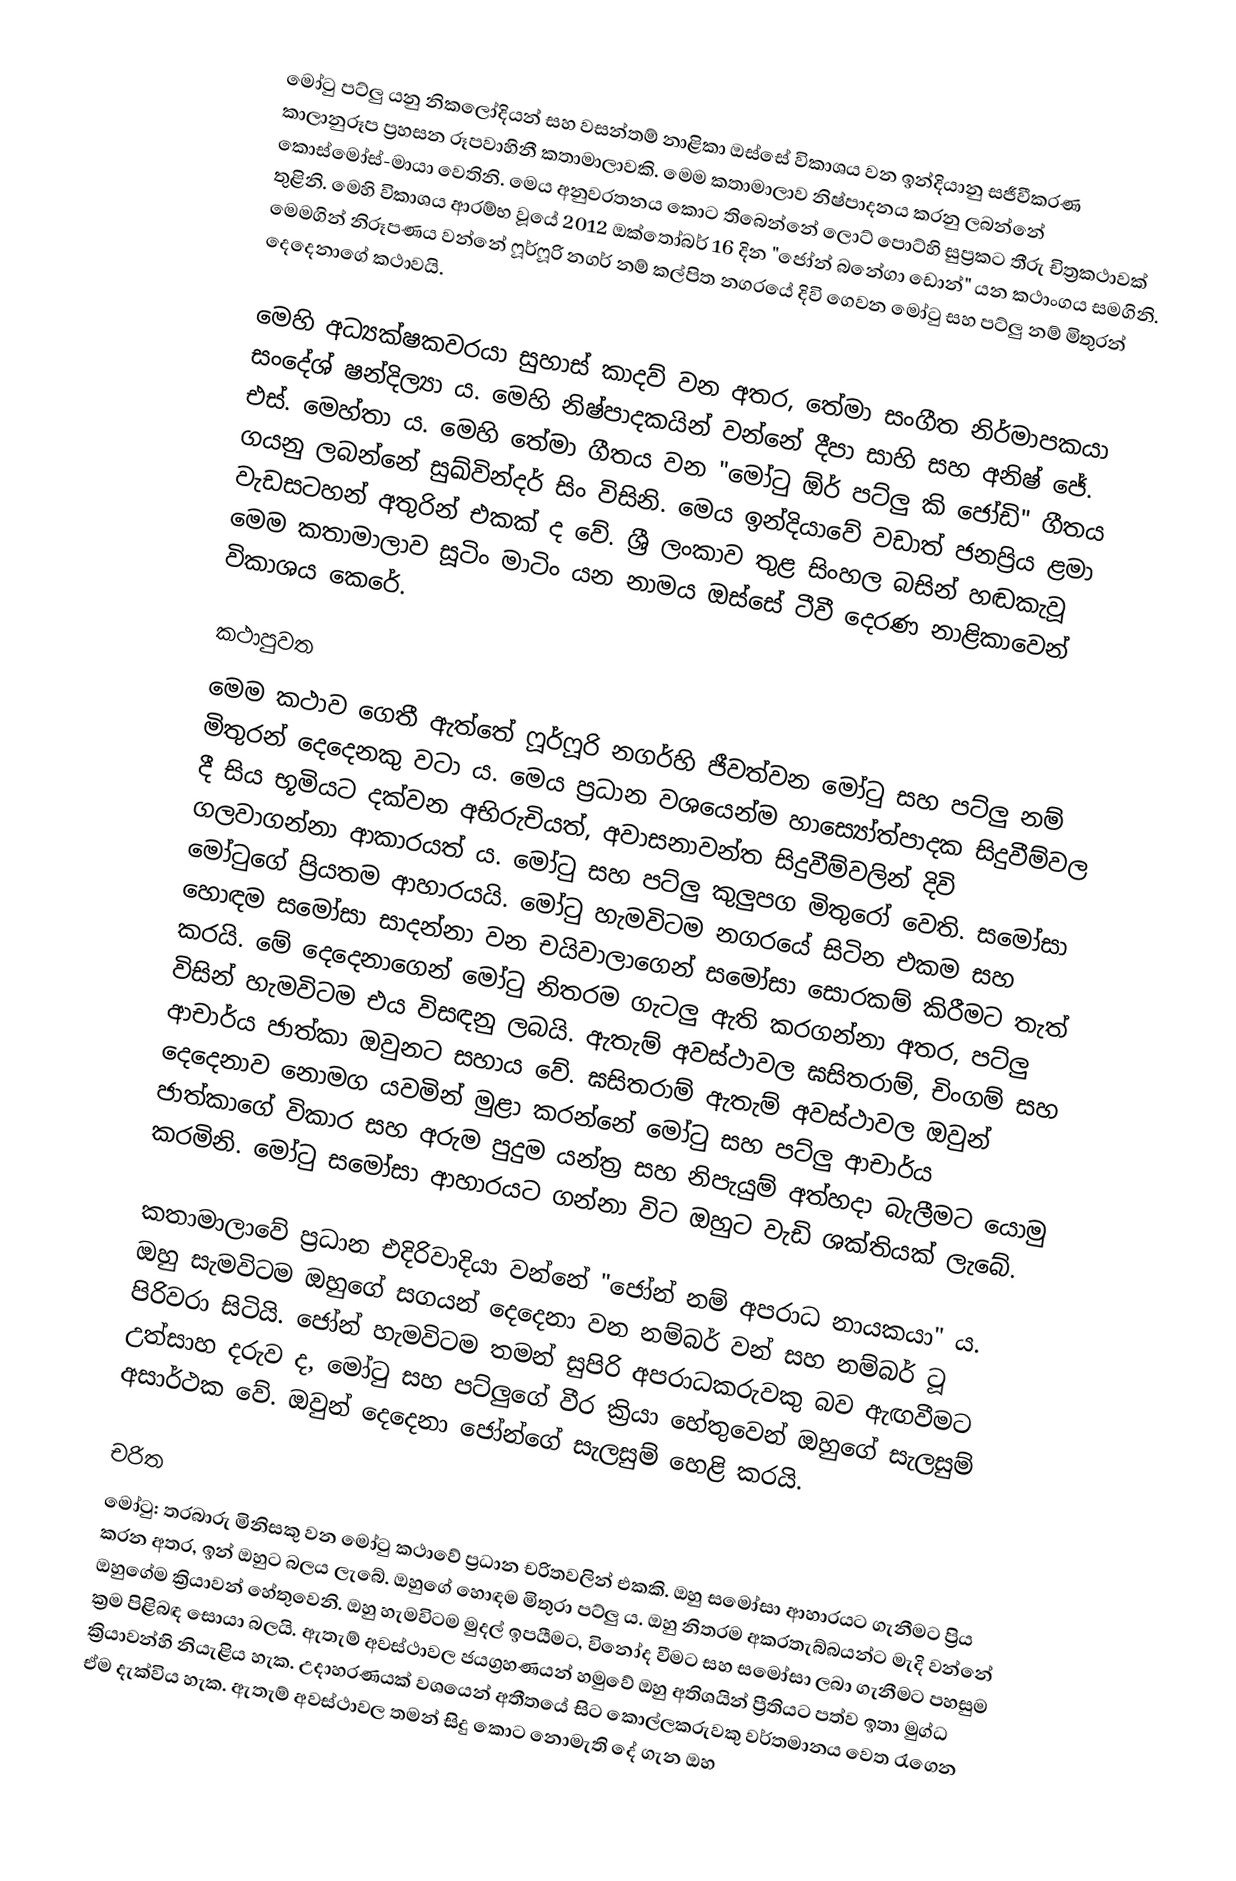
මෝටු පට්ලු යනු නිකලෝදියන් සහ වසන්තම් නාළිකා ඔස්සේ විකාශය වන ඉන්දියානු සජීවීකරණ කාලානුරූප ප්‍රහසන රූපවාහිනී කතාමාලාවකි. මෙම කතාමාලාව නිෂ්පාදනය කරනු ලබන්නේ කොස්මෝස්-මායා වෙතිනි. මෙය අනුවරතනය කොට තිබෙන්නේ ලොට් පොට්හි සුප්‍රකට තීරු චිත්‍රකථාවක් තුළිනි. මෙහි විකාශය ආරම්භ වූයේ 2012 ඔක්තෝබර් 16 දින "ජෝන් බනේගා ඩොන්" යන කථාංගය සමගිනි. මෙමගින් නිරූපණය වන්නේ ෆූර්ෆූරි නගර් නම් කල්පිත නගරයේ දිවි ගෙවන මෝටු සහ පට්ලු නම් මිතුරන් දෙදෙනාගේ කථාවයි.

මෙහි අධ්‍යක්ෂකවරයා සුහාස් කාදව් වන අතර, තේමා සංගීත නිර්මාපකයා සංදේශ් ෂන්දිල්‍යා ය. මෙහි නිෂ්පාදකයින් වන්නේ දීපා සාහි සහ අනිෂ් ජේ. එස්. මෙහ්තා ය. මෙහි තේමා ගීතය වන "මෝටු ඕර් පට්ලු කි ජෝඩි" ගීතය ගයනු ලබන්නේ සුඛ්වින්දර් සිං විසිනි. මෙය ඉන්දියාවේ වඩාත් ජනප්‍රිය ළමා වැඩසටහන් අතුරින් එකක් ද වේ. ශ්‍රී ලංකාව තුළ සිංහල බසින් හඬකැවූ මෙම කතාමාලාව සූටිං මාටිං යන නාමය ඔස්සේ ටීවී දෙරණ නාළිකාවෙන් විකාශය කෙරේ.

කථාපුවත
මෙම කථාව ගෙතී ඇත්තේ ෆූර්ෆූරි නගර්හි ජීවත්වන මෝටු සහ පට්ලු නම් මිතුරන් දෙදෙනකු වටා ය. මෙය ප්‍රධාන වශයෙන්ම හාස්‍යෝත්පාදක සිදුවීම්වල දී සිය භූමියට දක්වන අභිරුචියත්, අවාසනාවන්ත සිදුවීම්වලින් දිවි ගලවාගන්නා ආකාරයත් ය. මෝටු සහ පට්ලු කුලුපග මිතුරෝ වෙති. සමෝසා මෝටුගේ ප්‍රියතම ආහාරයයි. මෝටු හැමවිටම නගරයේ සිටින එකම සහ හොඳම සමෝසා සාදන්නා වන චයිවාලාගෙන් සමෝසා සොරකම් කිරීමට තැත් කරයි. මේ දෙදෙනාගෙන් මෝටු නිතරම ගැටලු ඇති කරගන්නා අතර, පට්ලු විසින් හැමවිටම එය විසඳනු ලබයි. ඇතැම් අවස්ථාවල ඝසිතරාම්, චිංගම් සහ ආචාර්ය ජාත්කා ඔවුනට සහාය වේ. ඝසිතරාම් ඇතැම් අවස්ථාවල ඔවුන් දෙදෙනාව නොමග යවමින් මුළා කරන්නේ මෝටු සහ පට්ලු ආචාර්ය ජාත්කාගේ විකාර සහ අරුම පුදුම යන්ත්‍ර සහ නිපැයුම් අත්හදා බැලීමට යොමු කරමිනි. මෝටු සමෝසා ආහාරයට ගන්නා විට ඔහුට වැඩි ශක්තියක් ලැබේ.

කතාමාලාවේ ප්‍රධාන එදිරිවාදියා වන්නේ "ජෝන් නම් අපරාධ නායකයා" ය. ඔහු සැමවිටම ඔහුගේ සගයන් දෙදෙනා වන නම්බර් වන් සහ නම්බර් ටූ පිරිවරා සිටියි. ජෝන් හැමවිටම තමන් සුපිරි අපරාධකරුවකු බව ඇඟවීමට උත්සාහ දරුව ද, මෝටු සහ පට්ලුගේ වීර ක්‍රියා හේතුවෙන් ඔහුගේ සැලසුම් අසාර්ථක වේ. ඔවුන් දෙදෙනා ජෝන්ගේ සැලසුම් හෙළි කරයි.

චරිත
 මෝටු: තරබාරු මිනිසකු වන මෝටු කථාවේ ප්‍රධාන චරිතවලින් එකකි. ඔහු සමෝසා ආහාරයට ගැනීමට ප්‍රිය කරන අතර, ඉන් ඔහුට බලය ලැබේ. ‍ඔහුගේ හොඳම මිතුරා පට්ලු ය. ඔහු නිතරම අකරතැබ්බයන්ට මැදි වන්නේ ඔහුගේම ක්‍රියාවන් හේතුවෙනි. ඔහු හැමවිටම මුදල් ඉපයීමට, විනෝද වීමට සහ සමෝසා ලබා ගැනීමට පහසුම ක්‍රම පිළිබඳ සොයා බලයි. ඇතැම් අවස්ථාවල ජයග්‍රහණයන් හමුවේ ඔහු අතිශයින් ප්‍රීතියට පත්ව ඉතා මුග්ධ ක්‍රියාවන්හි නියැළිය හැක. උදාහරණයක් වශයෙන් අතීතයේ සිට කොල්ලකරුවකු වර්තමානය වෙත රැගෙන ඒම දැක්විය හැක. ඇතැම් අවස්ථාවල තමන් සිදු කොට නොමැති දේ ගැන ඔහ